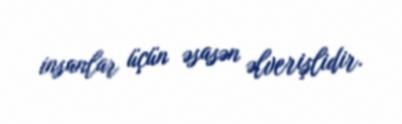
insanlar üçün əsasən əlverişlidir.